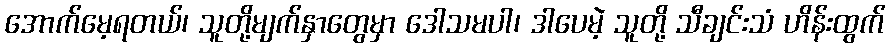
အောက်မေ့ရတယ်၊ သူတို့မျက်နှာတွေမှာ ဒေါသမပါ၊ ဒါပေမဲ့ သူတို့ သီချင်းသံ ဟိန်းထွက်